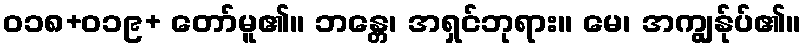
ဝ၁၈+ဝ၁၉+ တော်မူ၏။ ဘန္တေ၊ အရှင်ဘုရား။ မေ၊ အကျွန်ုပ်၏။